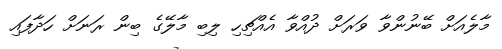
މާލެއަށް ބޭނުންވާ ވަރަަަށް ދުއްވާ އެއްޗިހި ލިބި މާލޭގެ ބިން ރަނަށް ހަދާފައި